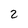
Character: 2